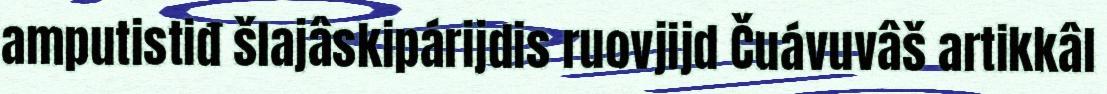
amputistiđ šlajâskipárijdis ruovjijd Čuávuvâš artikkâl